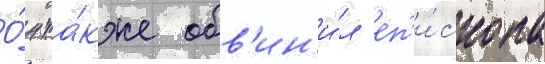
О́н та́кже обв'ин'и́л еп'и́скопа